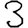
Digit: 3